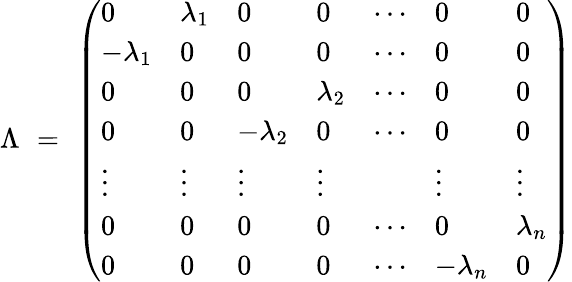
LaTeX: \begin{array}{r}{\Lambda\, \, =\, \, \left(\begin{array}{lllllll}{0}&{\lambda_{1}}&{0}&{0}&{\cdots}&{0}&{0}\\ {-\lambda_{1}}&{0}&{0}&{0}&{\cdots}&{0}&{0}\\ {0}&{0}&{0}&{\lambda_{2}}&{\cdots}&{0}&{0}\\ {0}&{0}&{-\lambda_{2}}&{0}&{\cdots}&{0}&{0}\\ {\vdots}&{\vdots}&{\vdots}&{\vdots}&&{\vdots}&{\vdots}\\ {0}&{0}&{0}&{0}&{\cdots}&{0}&{\lambda_{n}}\\ {0}&{0}&{0}&{0}&{\cdots}&{-\lambda_{n}}&{0}\end{array}\right)}\end{array}